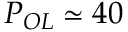
P _ { O L } \simeq 4 0